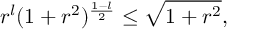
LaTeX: r ^ { l } ( 1 + r ^ { 2 } ) ^ { { \frac { 1 - l } { 2 } } } \leq \sqrt { 1 + r ^ { 2 } } ,